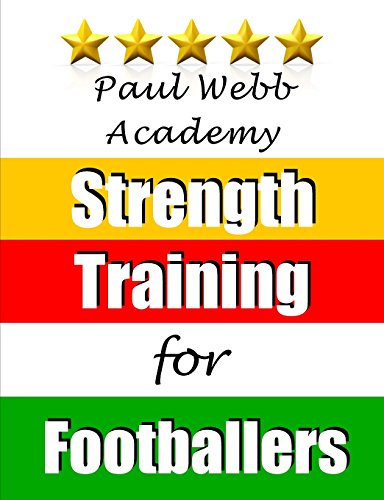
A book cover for Paul Webb Academy: Strength Training for Footballers; Paul Webb; Sports & Outdoors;